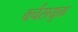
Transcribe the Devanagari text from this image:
वर्चसयुक्त